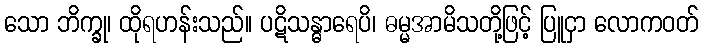
သော ဘိက္ခု၊ ထိုရဟန်းသည်။ ပဋိသန္ဓာရေပိ၊ ဓမ္မအာမိသတို့ဖြင့် ပြူငှာ လောကဝတ်